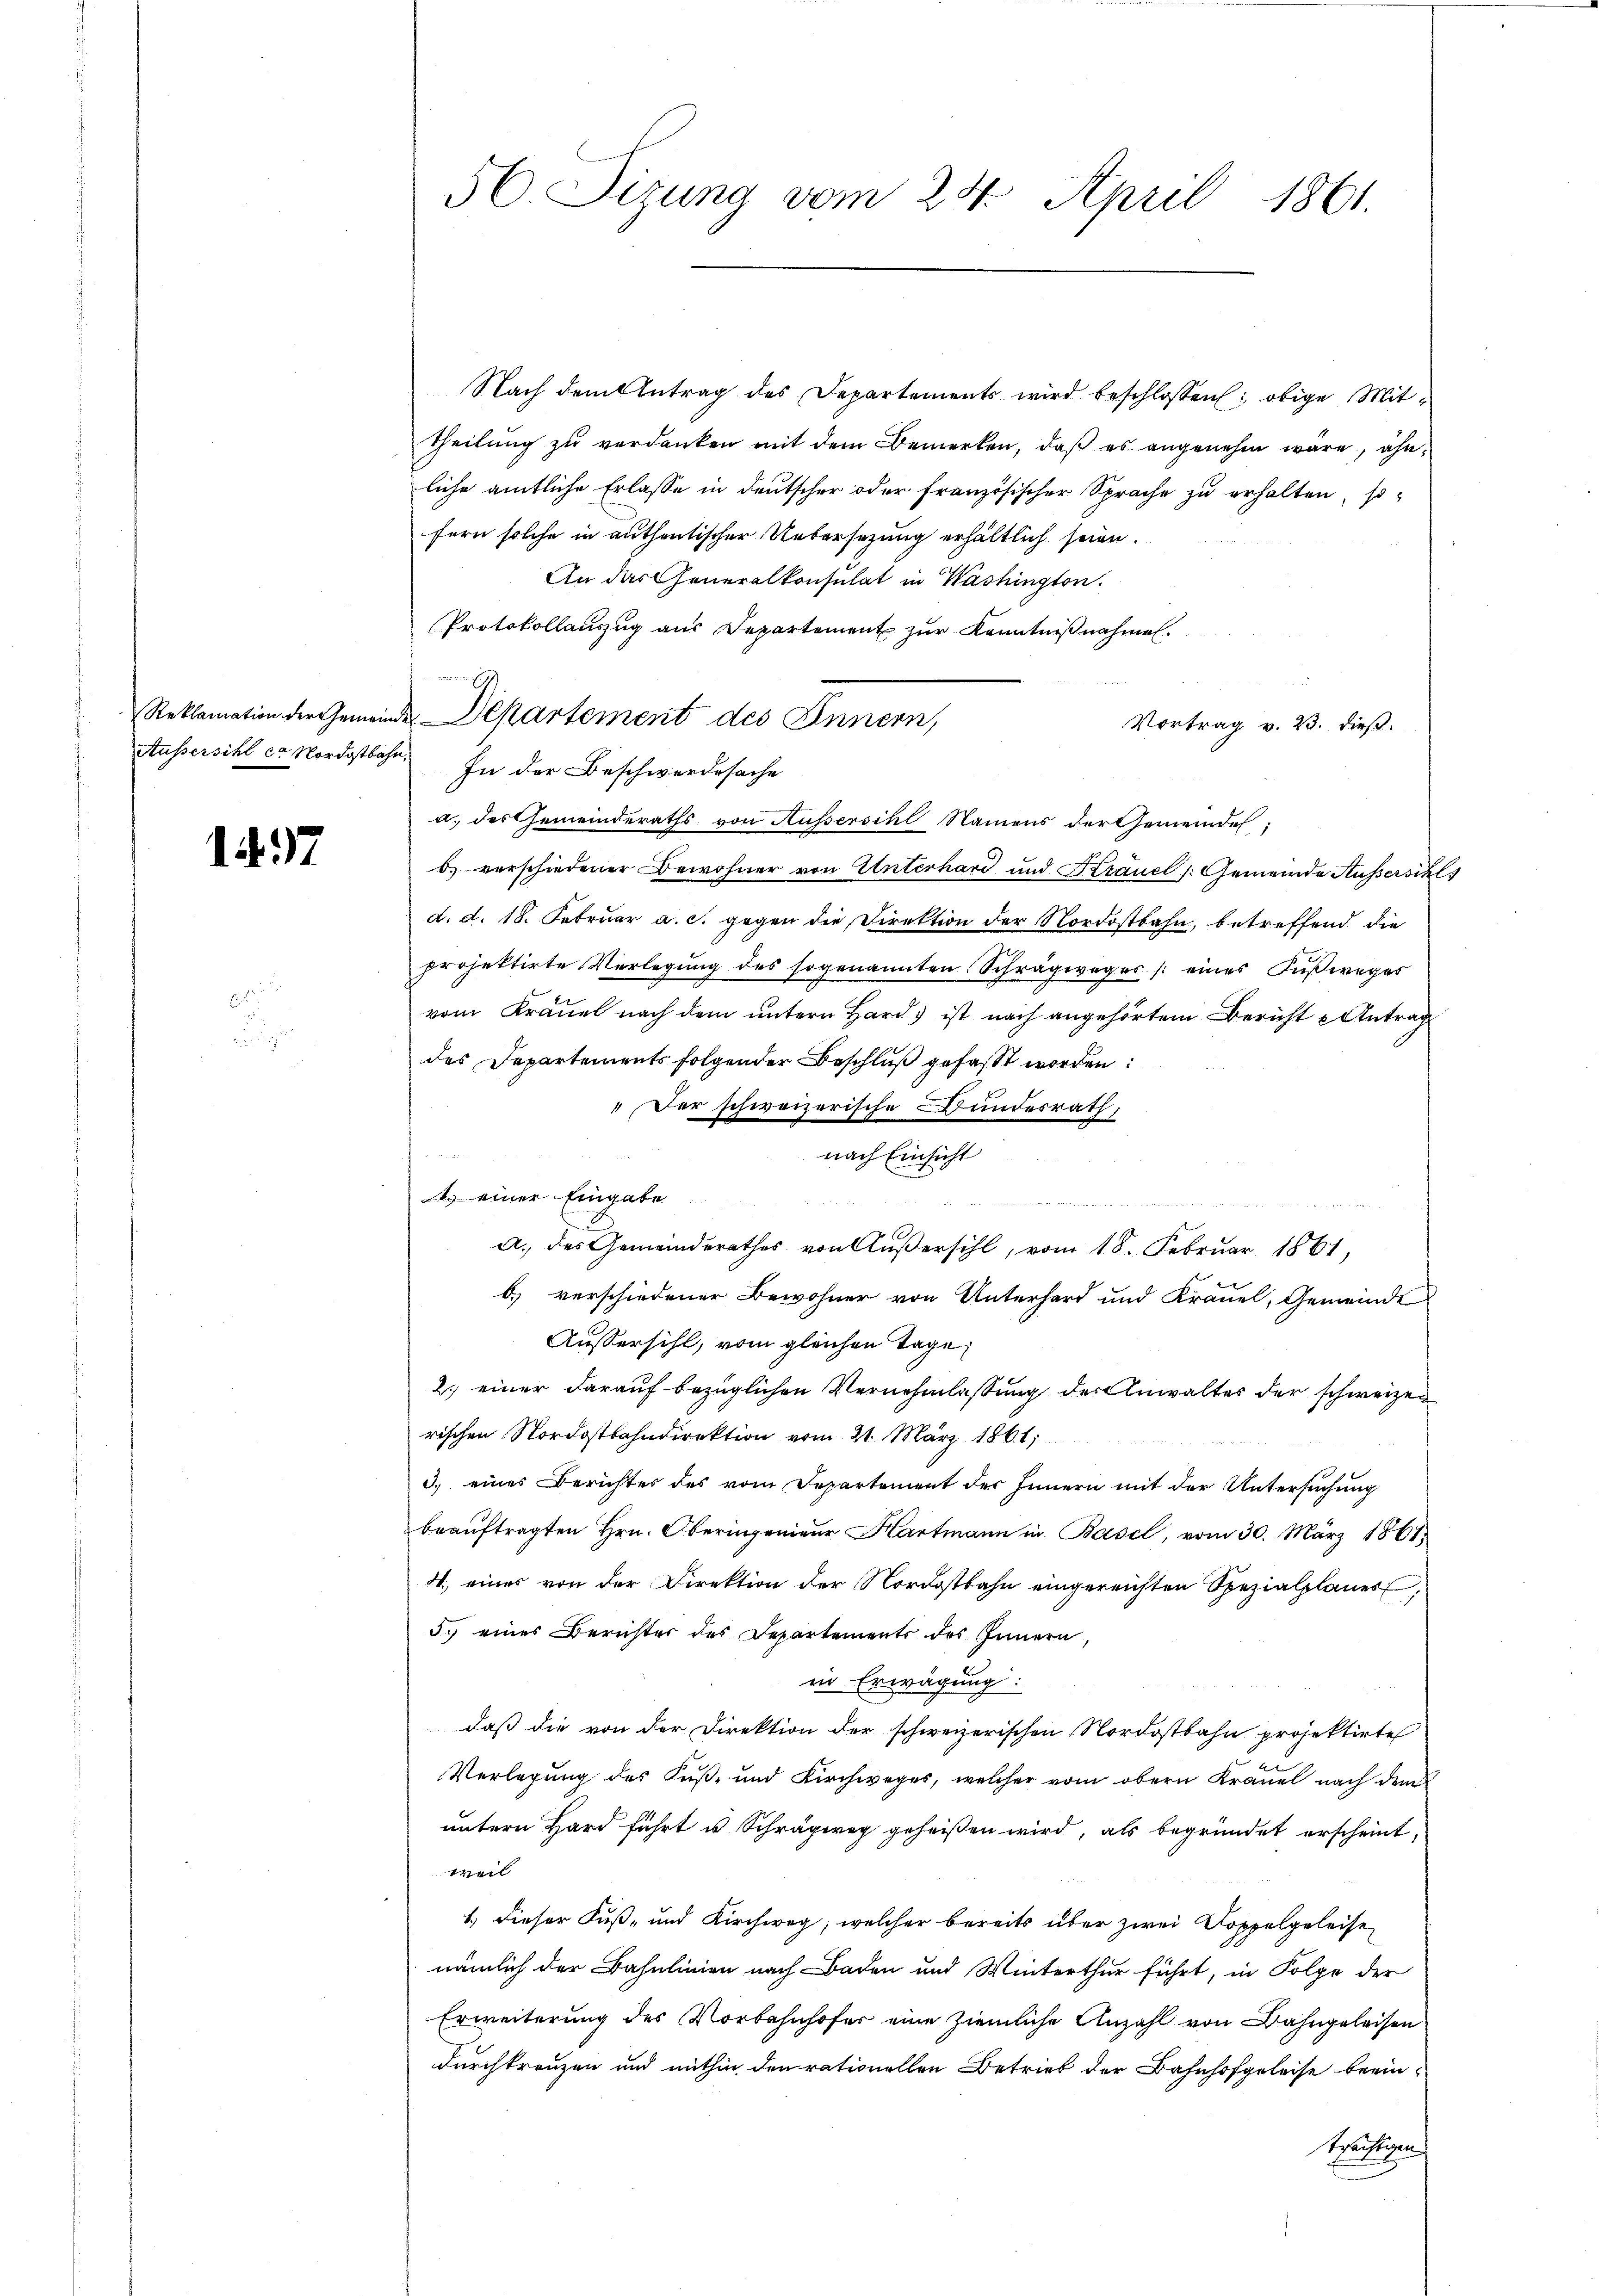
1437

Nach dem Antrag des Departements wird beschlossen: obige Mittheilung zu verdanken mit dem Bemerken, daß es angenehm wäre, ohn
liche amtliche Erlasse in deutscher oder französischer Sprache zu erhalten, so-
fern solche in authentischer Uebersetzung erhältlich seien.
An das Generalkonsulat in Washington.
Protokollauszug aus Departement zur Kenntnißnahmen.
Vortrag v. 23. dieß.
Aussersihl ca Nordostbahn. In der Beschwerdesache
a. des Gemeinderaths von Aussersihl Namens der Gemeindes;
b) verschiedener Bewohner von Unterhard und Kräuel /: Gemeinde Aussersihld. d. 18. Februar a. c. gegen die Direktion der Nordostbahn, betreffend die
projektirte Verlegŭng des sogenannten Schrägwager /: eines Fußweges
vom Kräuel nach dem untern Hard ist nach angehörtem Bericht Antrag
des Departements folgender Beschluß gefasst worden:
„Der schweizerische Bundesrath,
.

nach Einsicht
A. einer Eingabe

BE
a. des Gemeinderathes von Außersihl, vom 18. Februar 1861,
b.) verschiedener Bewohner von Unterhard und Kräuel, Gemeinde
Aussersihl, vom gleichen Tage
2. einer darauf bezüglichen Vernehmlassung der Anwaltes der schweizen
rischen Nordostbahndirektion vom 21. März 1861;
3) eines Berichtes des vom Departement des Innern mit der Untersuchung
beauftragten Hrn. Oberingenieur Hartmann in Basel, vom 30. März 1861,
4. eines von der Direktion der Nordostbahn eingereichten Spezialplanes,
5. eines Berichter des Departements des Innern,
in Erwägung:
daß die von der Direktion der schweizerischen Nordostbahn projektirte
Verlegung des Fuß- und Kirchweges, welcher vom obern Kraŭel nach dem
untern Hard führt u. Schrägweg geheißen wird, als begründet erscheint,
weil
1.) dieser Fuß- und Kirchweg, welcher bereits über zwei Doppelgeleise
nämlich der Bahnlinien nach Baden und Winterthur führt, in Folge der
Erweiterung des Vorbahnhofer eine ziemliche Anzahl von Bahngeleisen
durchkreuzen und mithin den rationellen Betrieb der Bahnhofgeleise beeinkräutigen

56. Sizung vom 24. April 1861.

Reklamation der Gemeinde Departement des Innern,

s